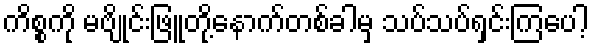
ကိစ္စကို မဗျိုင်းဖြူတို့နောက်တစ်ခါမှ သပ်သပ်ရှင်းကြပေါ့